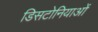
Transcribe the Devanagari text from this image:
डिसटोनियाओं